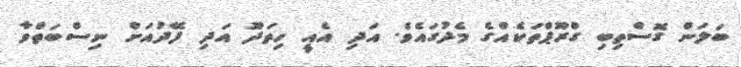
ބަލަން ގޮސްތިބި ގްރޫޕްތަކެއްގެ މެދުގައެވެ. އަދި އެއީ ހިތަދޫ އަދި ފޭދުއަށް ނިސްބަތްވާ